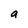
Character: a